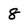
Character: 8